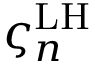
\varsigma _ { n } ^ { \mathrm { { L H } } }